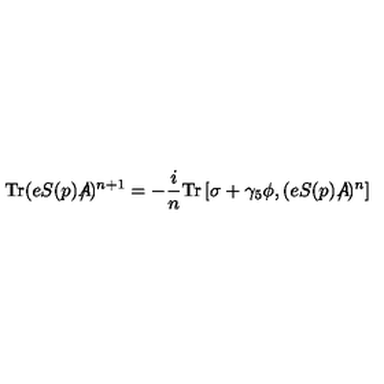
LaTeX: \mathrm { T r } ( e S ( p ) A \! \! \! \! \slash ) ^ { n + 1 } = - { \frac { i } { n } } \mathrm { T r } \left[ \sigma + \gamma _ { 5 } \phi , ( e S ( p ) A \! \! \! \! \slash ) ^ { n } \right]